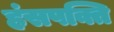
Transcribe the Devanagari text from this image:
हंसपक्ति